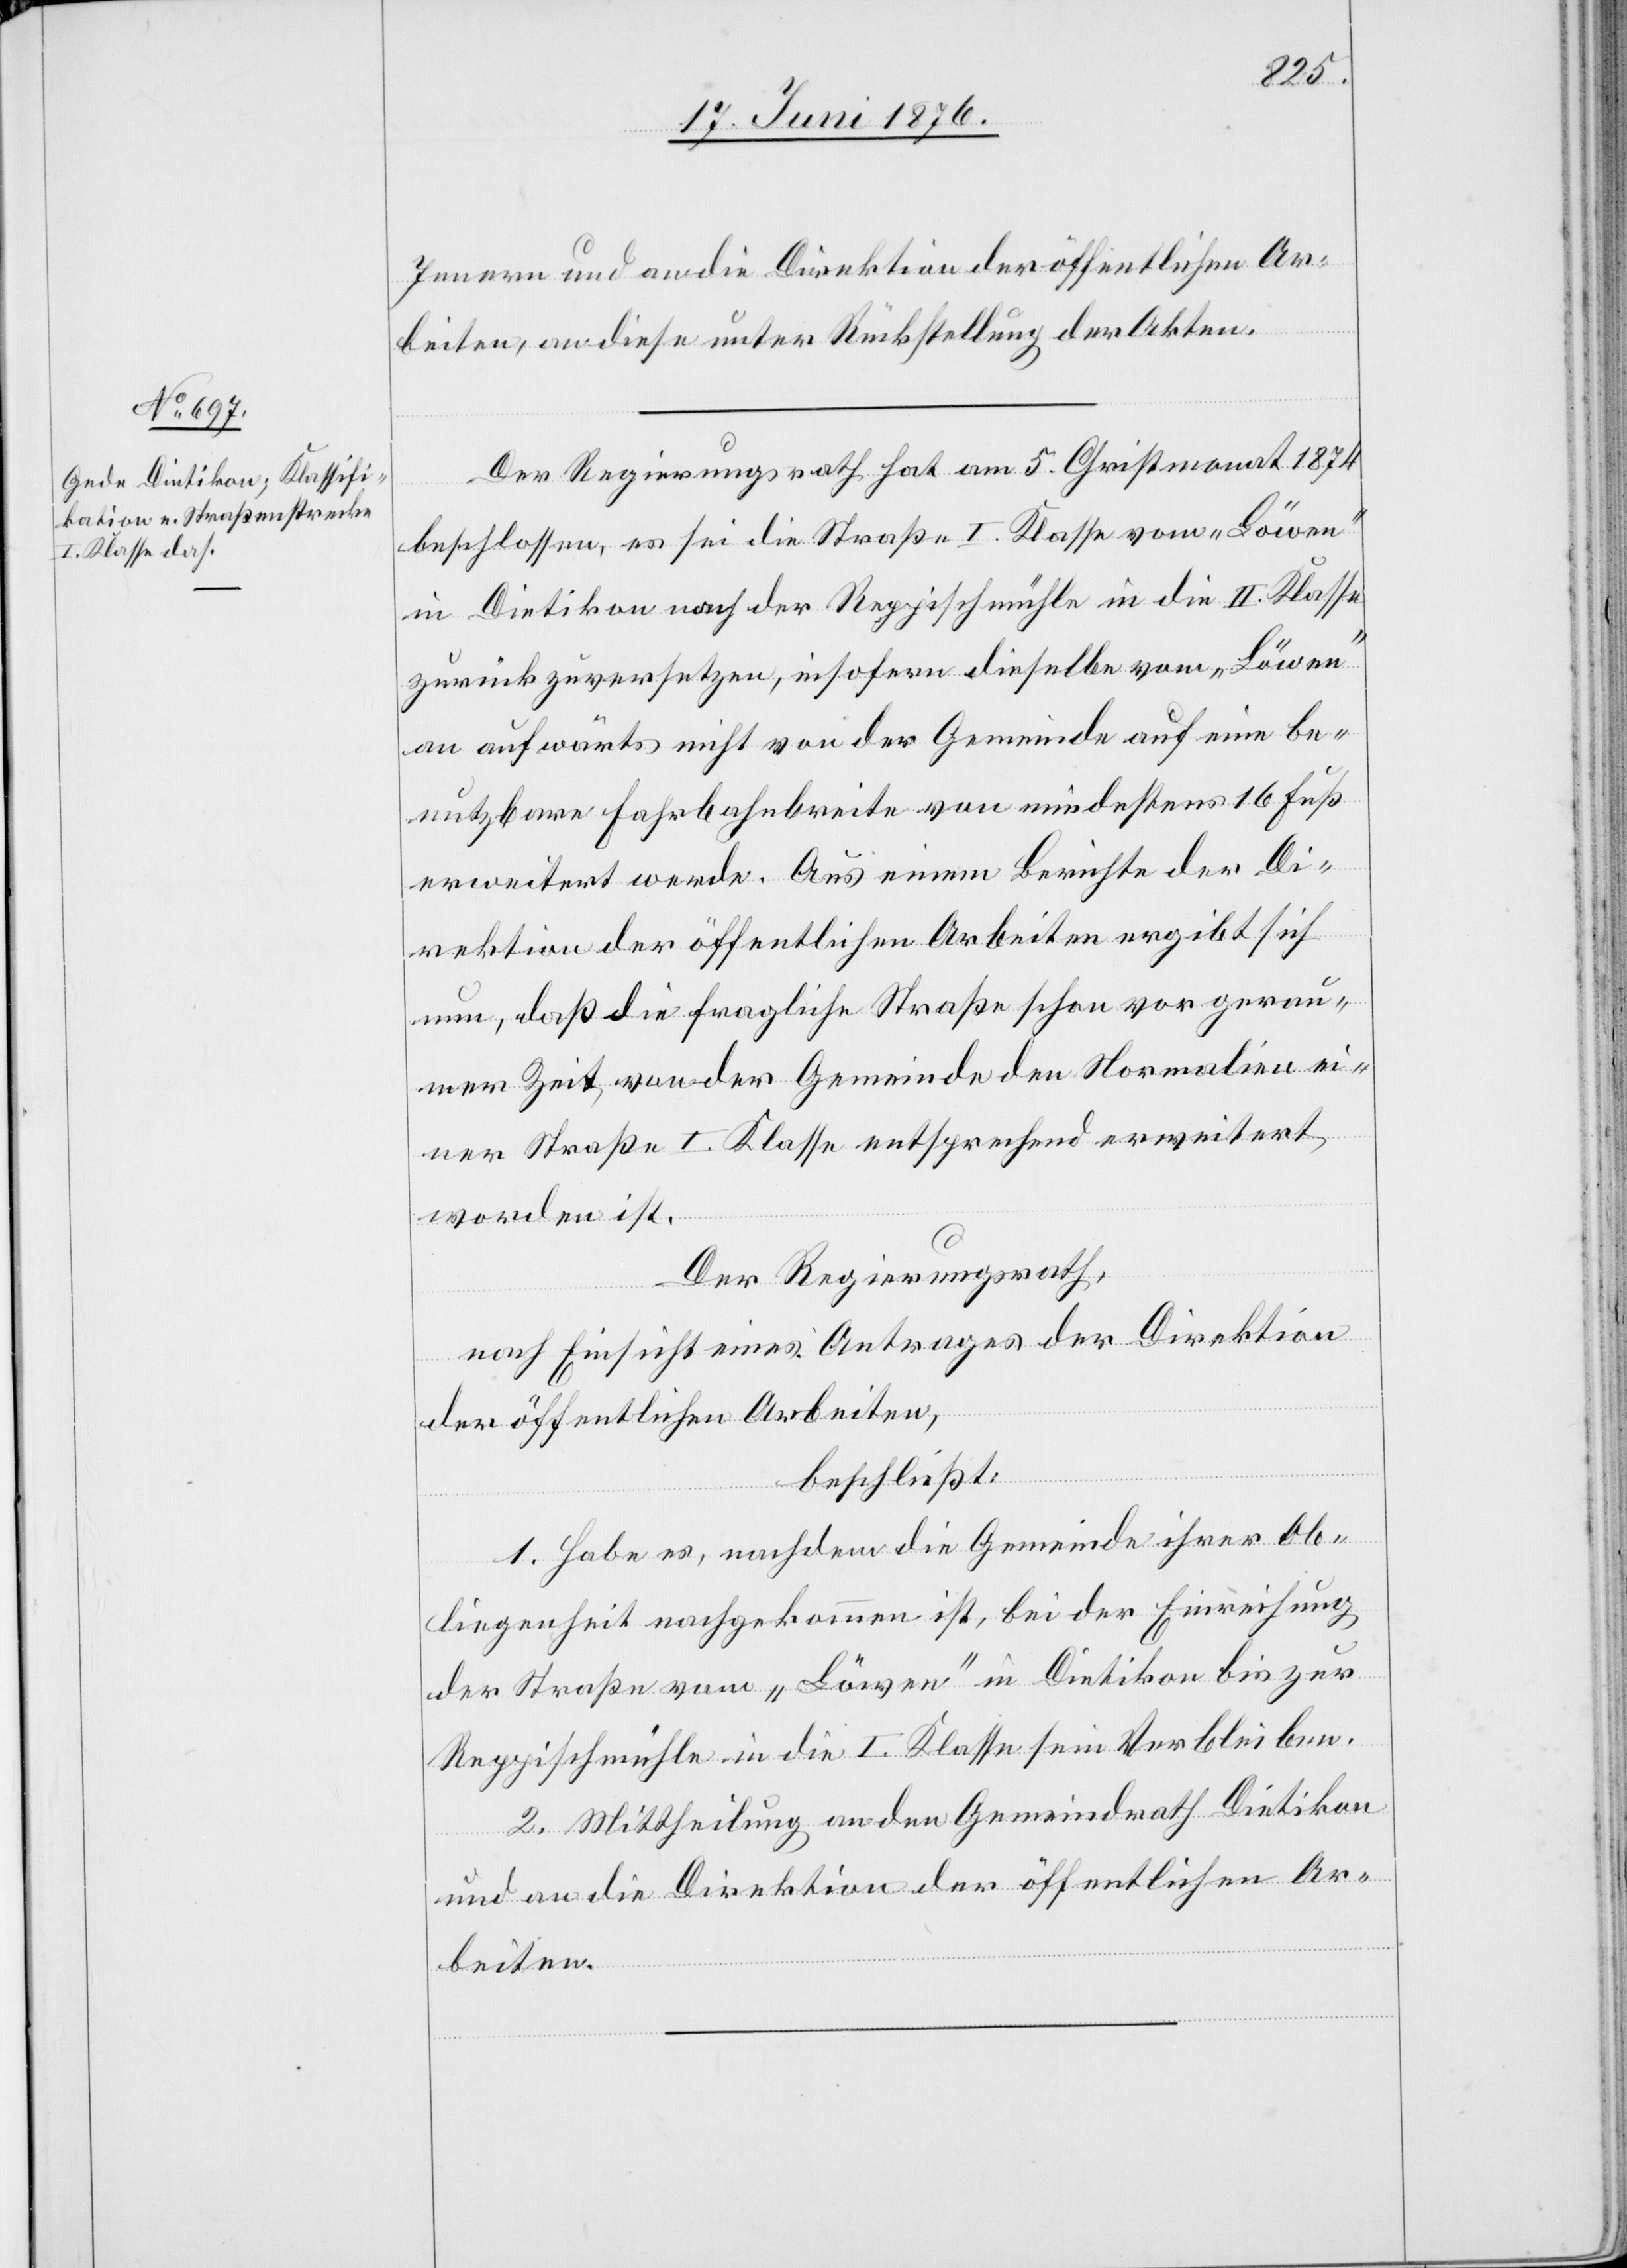
Innern und an die Direktion der öffentlichen Ar¬
beiten, an dieselbe unter Rückstellung der Akten.
Der Regierungsrath hat am 5. Christmonat 1874
beschlossen, es sei die Straße I. Klasse vom „Löwen“
in Dietikon nach der Reppischmühle in die II. Klasse
zurückzuversetzen, insofern dieselbe vom „Löwen“
an aufwärts nicht von der Gemeinde auf eine be¬
nutzbare Fahrbahnbreite von mindestens 16 Fuß
erweitert werde. Aus einem Berichte der Di¬
rektion der öffentlichen Arbeiten ergibt sich
nun, daß die fragliche Straße schon vor gera¬
umer Zeit von der Gemeinde den Normalien ei¬
ner Straße I. Klasse entsprechend erweitert
worden ist.
Der Regierungsrath,
nach Einsicht eines Antrages der Direktion
der öffentlichen Arbeiten,
beschließt:
1. Habe es, nachdem die Gemeinde ihrer Ob¬
liegenheit nachgekommen ist, bei der Einreichung
der Straße vom „Löwen“ in Dietikon bis zur
Reppischmühle in die I. Klasse sein Verbleiben.
2. Mittheilung an den Gemeindrath Dietikon
und an die Direktion der öffentlichen Ar¬
beiten.